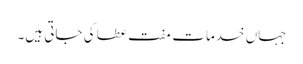
جہاں خدمات مفت عطا کی جاتی ہیں۔